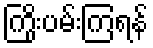
ကြိုးပမ်းကြရန်